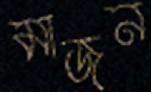
মাজন